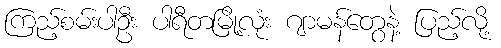
ကြည့်စမ်းပါဦး ပါရီတမြို့လုံး ဂျာမန်တွေနဲ့ ပြည့်လို့